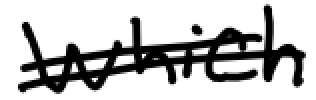
Text: which
Cross-out: double-line
Writing tool: digital_black